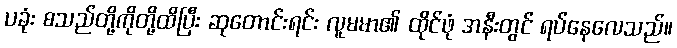
ပခုံး စသည်တို့ကိုတို့ထိပြီး ဆုတောင်းရင်း လူမမာ၏ ထိုင်ဖုံ အနီးတွင် ရပ်နေလေသည်။